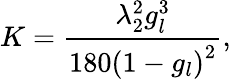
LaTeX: K=\frac{\lambda_{2}^{2}g_{l}^{3}}{180\left(1-g_{l}\right)^{2}},